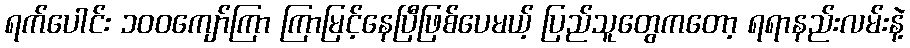
ရက်ပေါင်း ၁၀၀ကျော်ကြာ ကြာမြင့်နေပြီဖြစ်ပေမယ့် ပြည်သူတွေကတော့ ရရာနည်းလမ်းနဲ့